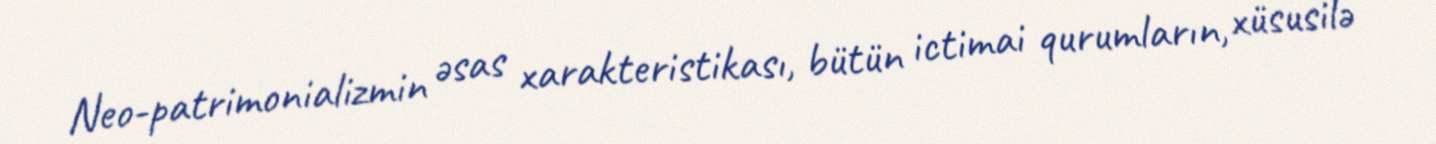
Neo-patrimonializmin əsas xarakteristikası, bütün ictimai qurumların, xüsusilə